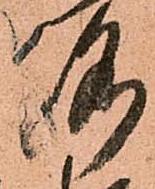
洛